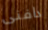
دافنى